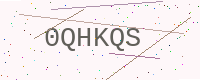
Text: 0QHKQS